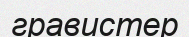
гравистер